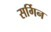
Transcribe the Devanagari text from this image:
सर्गिन